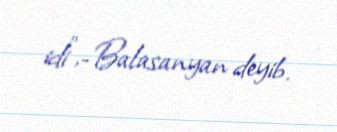
idi”,-Balasanyan deyib.